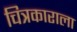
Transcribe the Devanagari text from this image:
चित्रकाराला